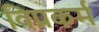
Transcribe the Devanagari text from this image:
विप्रकर्म